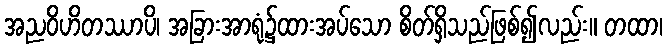
အညဝိဟိတဿာပိ၊ အခြားအာရုံ၌ထားအပ်သော စိတ်ရှိသည်ဖြစ်၍လည်း။ တထာ၊